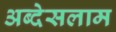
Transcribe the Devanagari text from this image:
अब्देसलाम